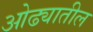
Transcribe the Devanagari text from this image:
ओढ्यातील